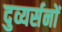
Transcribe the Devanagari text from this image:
दुव्यर्सनों